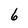
Character: 6